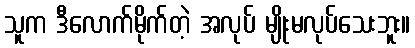
သူက ဒီလောက်မိုက်တဲ့ အလုပ် မျိုးမလုပ်သေးဘူး။